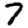
Digit: 7